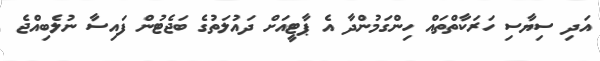
އަދި ސިޔާސި ހަރަކާތްތައް ހިންގަމުންދާ އެ ޕާޓީއަށް ދައުލަތުގެ ބަޖެޓުން ފައިސާ ނުލެބިއްޖެ